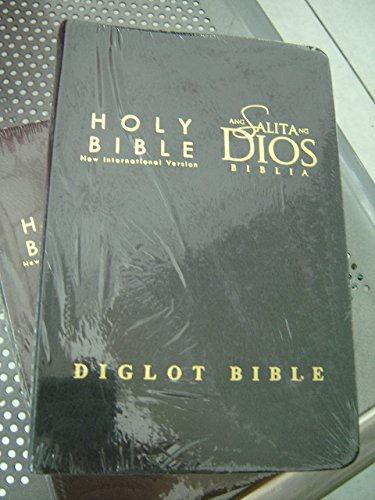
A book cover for English NIV - Tagalog ASD Parallel Bible / Modern Tagalog Bible Ang Salita Ng Dios / NIV Philippine Translation / Black Bonded Leather-bound Cover, Golden Edges, Maps / Diglot; Bible Society; Travel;